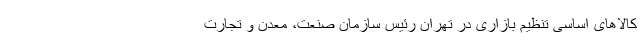
کالاهای اساسی تنظیم بازاری در تهران رئیس سازمان صنعت، معدن و تجارت